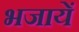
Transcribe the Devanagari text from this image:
भजायें